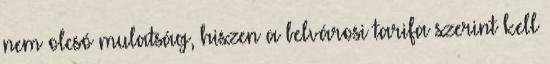
nem olcsó mulatság, hiszen a belvárosi tarifa szerint kell